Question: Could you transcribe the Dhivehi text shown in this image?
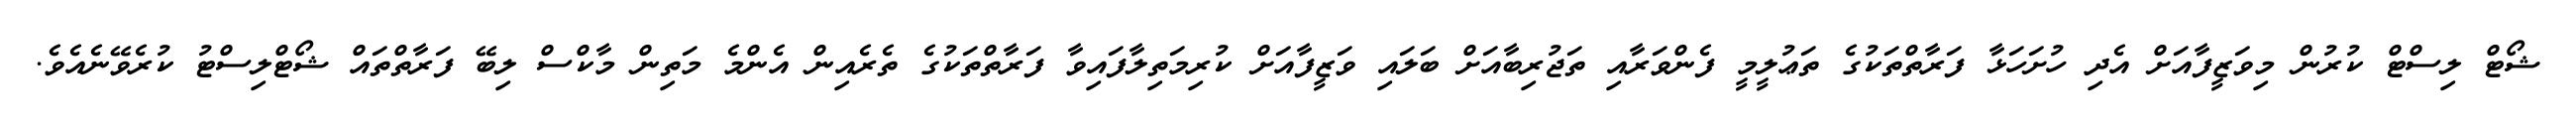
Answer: ޝޯޓް ލިސްޓް ކުރުން މިވަޒީފާއަށް އެދި ހުށަހަޅާ ފަރާތްތަކުގެ ތަޢުލީމީ ފެންވަރާއި ތަޖުރިބާއަށް ބަލައި ވަޒީފާއަށް ކުރިމަތިލާފައިވާ ފަރާތްތަކުގެ ތެރެއިން އެންމެ މަތިން މާކްސް ލިބޭ ފަރާތްތައް ޝޯޓްލިސްޓު ކުރެވޭނެއެވެ.